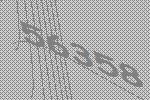
56358